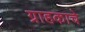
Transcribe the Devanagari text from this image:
ग्राहकाचे